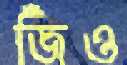
জিঁও